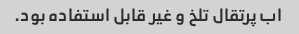
اب پرتقال تلخ و غیر قابل استفاده بود.